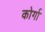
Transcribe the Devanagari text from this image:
कोर्गा